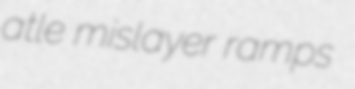
atle mislayer ramps